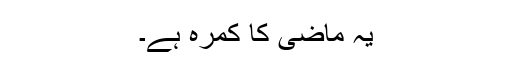
یہ ماضی کا کمرہ ہے۔